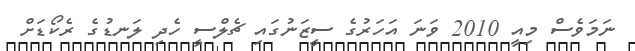
ނަމަވެސް މިއީ 2010 ވަނަ އަހަރުގެ ސީޒަނުގައި ޗެލްސީ ހެދި ލަނޑުގެ ރެކޯޑަށް